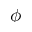
\phi